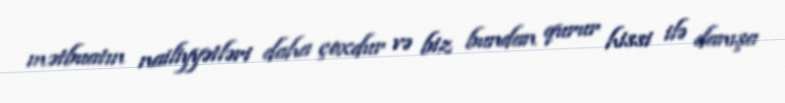
mətbuatın nailiyyətləri daha çoxdur və biz bundan qurur hissi ilə danışa